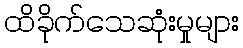
ထိခိုက်သေဆုံးမှုများ